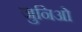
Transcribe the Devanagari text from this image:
जुनिओ